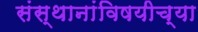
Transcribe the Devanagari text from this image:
संस्थानांविषयीच्या